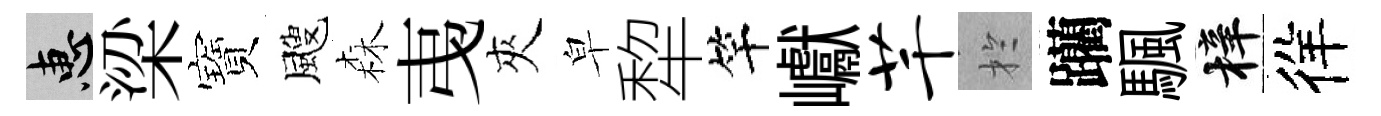
惠梁寶颼森𢎯夾皁犂竿巘芊扵躪颿梓徉